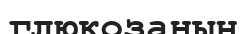
глюкозаның